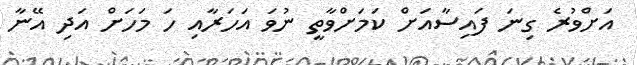
އަށްވުރެ ގިނަ ފައިސާއަށް ކަމަށްވާތީ ނުވަ އަހަރާއި ހަ މަހަށް އަދި އޭނާ